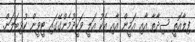
ފިލާއޮތީ ސިދާތާ އާއި އަމީން އާއި އެކު އަލީ ވަހީދުމެންގޭގައި ޓީވީން ކުޅިބަލަން.